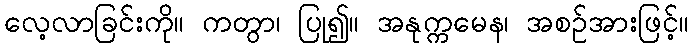
လေ့လာခြင်းကို။ ကတွာ၊ ပြု၍။ အနုက္ကမေန၊ အစဉ်အားဖြင့်။